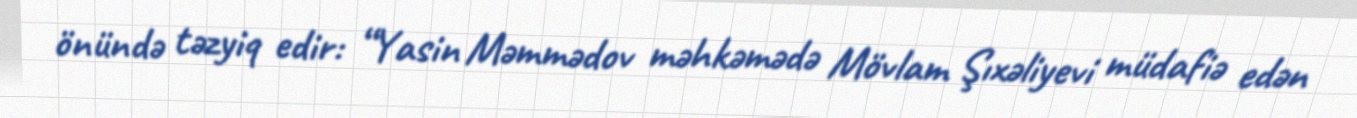
önündə təzyiq edir: “Yasin Məmmədov məhkəmədə Mövlam Şıxəliyevi müdafiə edən